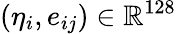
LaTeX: (\eta_{i},e_{ij})\in\mathbb{R}^{128}